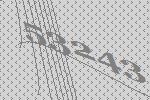
53243